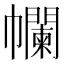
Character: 幱